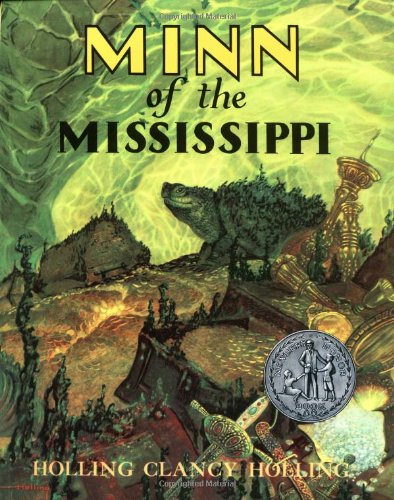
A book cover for Minn of the Mississippi; Holling C. Holling; Children's Books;